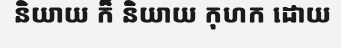
និយាយ ក៏ និយាយ កុហក ដោយ